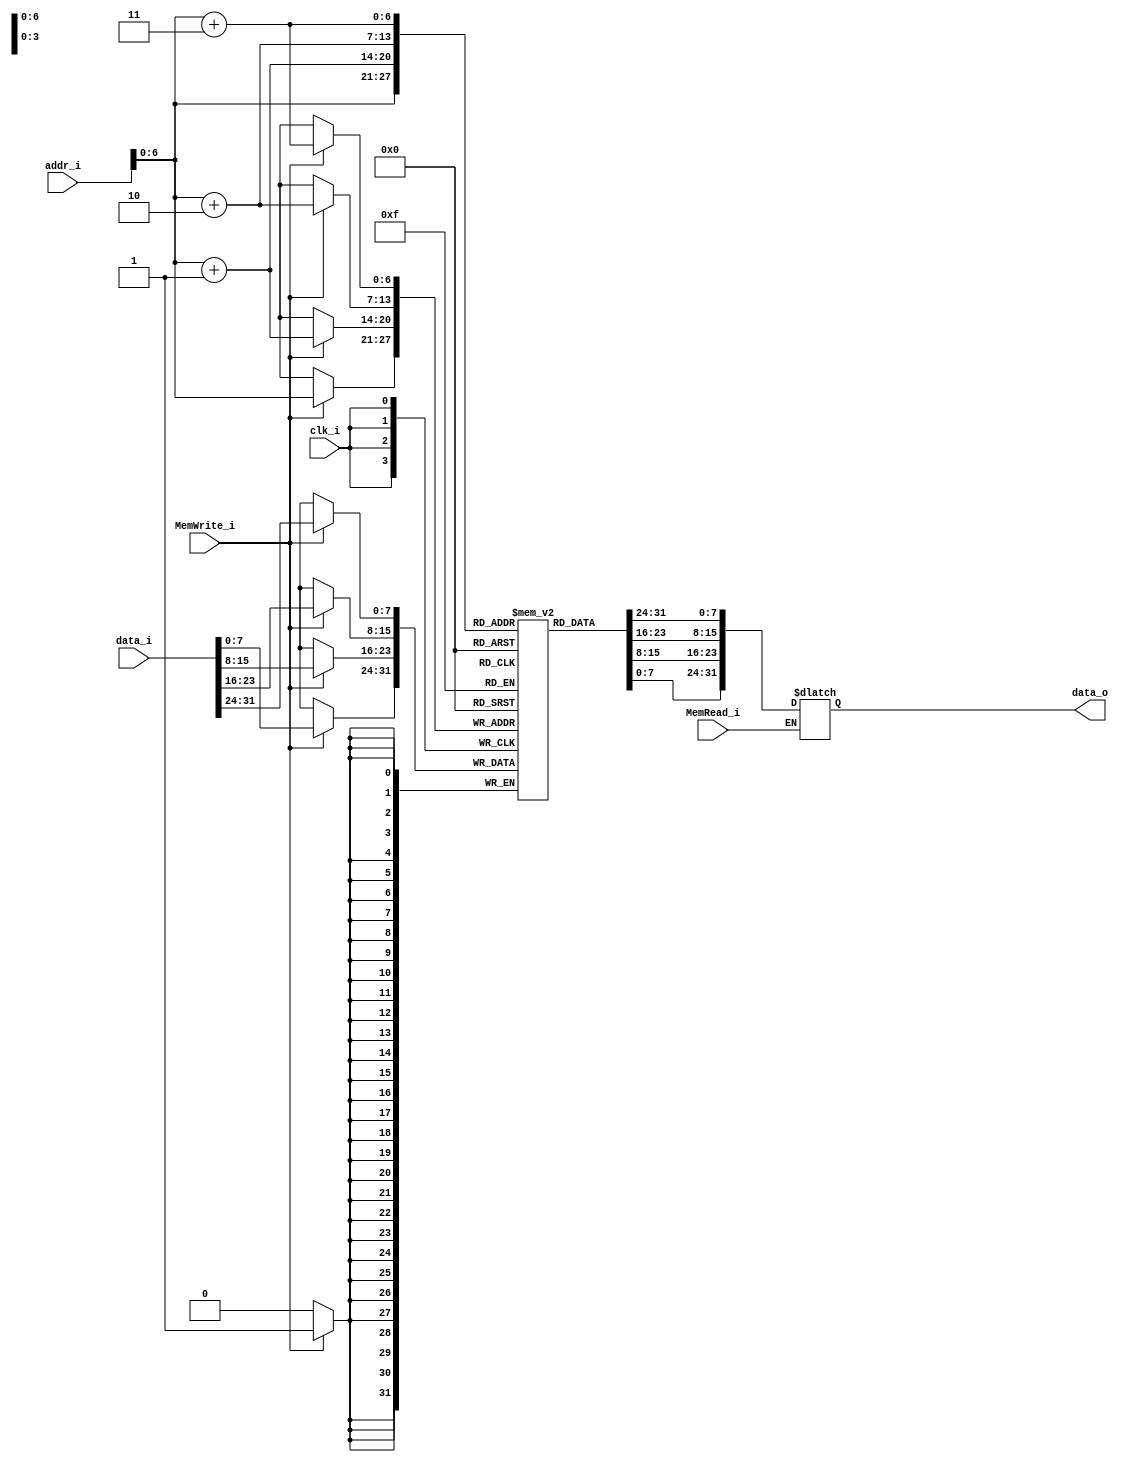
module Data_Memory(	clk_i, addr_i, data_i, MemRead_i, MemWrite_i, data_o);

// Interface
input				clk_i;
input	[31:0]		addr_i;
input	[31:0]		data_i;
input				MemRead_i;
input				MemWrite_i;
output	[31:0] 		data_o;

// Signals
reg		[31:0]		data_o;

// Memory
reg		[7:0]		Mem 			[0:127];	// address: 0x00~0x80
integer				i;

// For Testbench to debug
wire signed	[31:0]		memory			[0:31];
assign  memory[0] = {Mem[3], Mem[2], Mem[1], Mem[0]};
assign  memory[1] = {Mem[7], Mem[6], Mem[5], Mem[4]};
assign  memory[2] = {Mem[11], Mem[10], Mem[9], Mem[8]};
assign  memory[3] = {Mem[15], Mem[14], Mem[13], Mem[12]};
assign  memory[4] = {Mem[19], Mem[18], Mem[17], Mem[16]};
assign  memory[5] = {Mem[23], Mem[22], Mem[21], Mem[20]};
assign  memory[6] = {Mem[27], Mem[26], Mem[25], Mem[24]};
assign  memory[7] = {Mem[31], Mem[30], Mem[29], Mem[28]};
assign  memory[8] = {Mem[35], Mem[34], Mem[33], Mem[32]};
assign  memory[9] = {Mem[39], Mem[38], Mem[37], Mem[36]};
assign  memory[10] = {Mem[43], Mem[42], Mem[41], Mem[40]};
assign  memory[11] = {Mem[47], Mem[46], Mem[45], Mem[44]};
assign  memory[12] = {Mem[51], Mem[50], Mem[49], Mem[48]};
assign  memory[13] = {Mem[55], Mem[54], Mem[53], Mem[52]};
assign  memory[14] = {Mem[59], Mem[58], Mem[57], Mem[56]};
assign  memory[15] = {Mem[63], Mem[62], Mem[61], Mem[60]};
assign  memory[16] = {Mem[67], Mem[66], Mem[65], Mem[64]};
assign  memory[17] = {Mem[71], Mem[70], Mem[69], Mem[68]};
assign  memory[18] = {Mem[75], Mem[74], Mem[73], Mem[72]};
assign  memory[19] = {Mem[79], Mem[78], Mem[77], Mem[76]};
assign  memory[20] = {Mem[83], Mem[82], Mem[81], Mem[80]};
assign  memory[21] = {Mem[87], Mem[86], Mem[85], Mem[84]};
assign  memory[22] = {Mem[91], Mem[90], Mem[89], Mem[88]};
assign  memory[23] = {Mem[95], Mem[94], Mem[93], Mem[92]};
assign  memory[24] = {Mem[99], Mem[98], Mem[97], Mem[96]};
assign  memory[25] = {Mem[103], Mem[102], Mem[101], Mem[100]};
assign  memory[26] = {Mem[107], Mem[106], Mem[105], Mem[104]};
assign  memory[27] = {Mem[111], Mem[110], Mem[109], Mem[108]};
assign  memory[28] = {Mem[115], Mem[114], Mem[113], Mem[112]};
assign  memory[29] = {Mem[119], Mem[118], Mem[117], Mem[116]};
assign  memory[30] = {Mem[123], Mem[122], Mem[121], Mem[120]};
assign  memory[31] = {Mem[127], Mem[126], Mem[125], Mem[124]};

initial begin
	for(i=0; i<128; i=i+1)
		Mem[i] = 8'b0;
end 

always@(posedge clk_i) begin
    if(MemWrite_i) begin
		Mem[addr_i+3] <= data_i[31:24];
		Mem[addr_i+2] <= data_i[23:16];
		Mem[addr_i+1] <= data_i[15:8];
		Mem[addr_i]   <= data_i[7:0];
	end
end

always@(addr_i or MemRead_i) begin
	if(MemRead_i)
		data_o = {Mem[addr_i+3], Mem[addr_i+2], Mem[addr_i+1], Mem[addr_i]};
end

endmodule